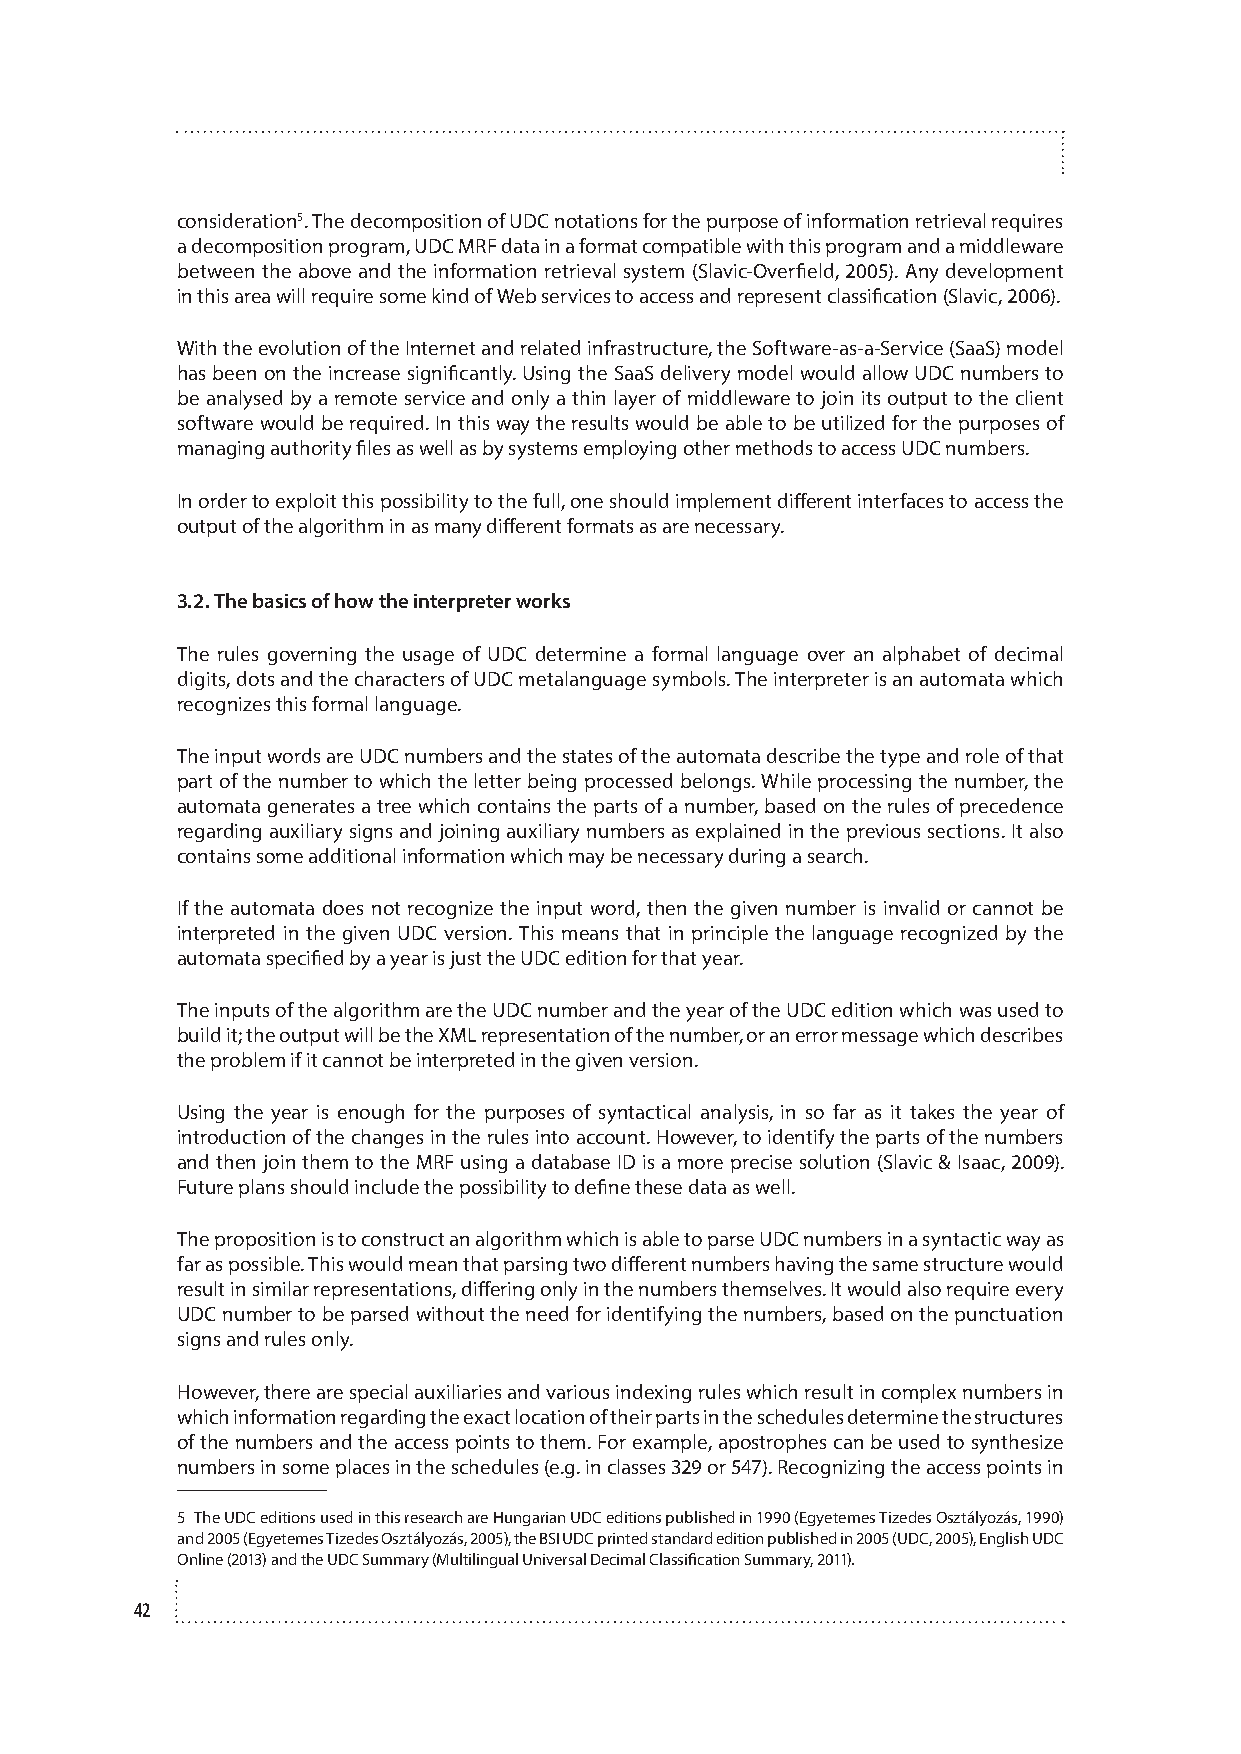
consideration5. The decomposition of UDC notations for the purpose of information retrieval requires
 a decomposition program, UDC MRF data in a format compatible with this program and a middleware
 between the above and the information retrieval system (Slavic-Overfield, 2005). Any development
 in this area will require some kind of Web services to access and represent classification (Slavic, 2006).
 With the evolution of the Internet and related infrastructure, the Software-as-a-Service (SaaS) model
 has been on the increase significantly. Using the SaaS delivery model would allow UDC numbers to
 be analysed by a remote service and only a thin layer of middleware to join its output to the client
 software would be required. In this way the results would be able to be utilized for the purposes of
 managing authority files as well as by systems employing other methods to access UDC numbers.
 In order to exploit this possibility to the full, one should implement different interfaces to access the
 output of the algorithm in as many different formats as are necessary.
 3.2. The basics of how the interpreter works
 The rules governing the usage of UDC determine a formal language over an alphabet of decimal
 digits, dots and the characters of UDC metalanguage symbols. The interpreter is an automata which
 recognizes this formal language.
 The input words are UDC numbers and the states of the automata describe the type and role of that
 part of the number to which the letter being processed belongs. While processing the number, the
 automata generates a tree which contains the parts of a number, based on the rules of precedence
 regarding auxiliary signs and joining auxiliary numbers as explained in the previous sections. It also
 contains some additional information which may be necessary during a search.
 If the automata does not recognize the input word, then the given number is invalid or cannot be
 interpreted in the given UDC version. This means that in principle the language recognized by the
 automata specified by a year is just the UDC edition for that year.
 The inputs of the algorithm are the UDC number and the year of the UDC edition which was used to
 build it; the output will be the XML representation of the number, or an error message which describes
 the problem if it cannot be interpreted in the given version.
 Using the year is enough for the purposes of syntactical analysis, in so far as it takes the year of
 introduction of the changes in the rules into account. However, to identify the parts of the numbers
 and then join them to the MRF using a database ID is a more precise solution (Slavic & Isaac, 2009).
 Future plans should include the possibility to define these data as well.
 The proposition is to construct an algorithm which is able to parse UDC numbers in a syntactic way as
 far as possible. This would mean that parsing two different numbers having the same structure would
 result in similar representations, differing only in the numbers themselves. It would also require every
 UDC number to be parsed without the need for identifying the numbers, based on the punctuation
 signs and rules only.
 However, there are special auxiliaries and various indexing rules which result in complex numbers in
 which information regarding the exact location of their parts in the schedules determine the structures
 of the numbers and the access points to them. For example, apostrophes can be used to synthesize
 numbers in some places in the schedules (e.g. in classes 329 or 547). Recognizing the access points in
 5 The UDC editions used in this research are Hungarian UDC editions published in 1990 (Egyetemes Tizedes Osztályozás, 1990)
 and 2005 (Egyetemes Tizedes Osztályozás, 2005), the BSI UDC printed standard edition published in 2005 (UDC, 2005), English UDC
 Online (2013) and the UDC Summary (Multilingual Universal Decimal Classification Summary, 2011).
 42